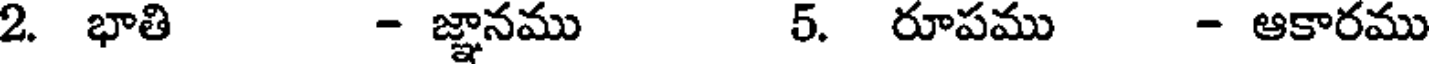
2. భాతి - జ్ఞానము 5. రూపము - ఆకారము